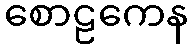
စောဠကေန